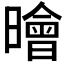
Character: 𣋘